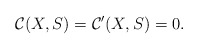
\begin{align*} {\mathcal{C}}(X,S)=\mathcal{C}'(X,S)=0. \end{align*}